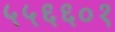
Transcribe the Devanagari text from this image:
५५६६०१